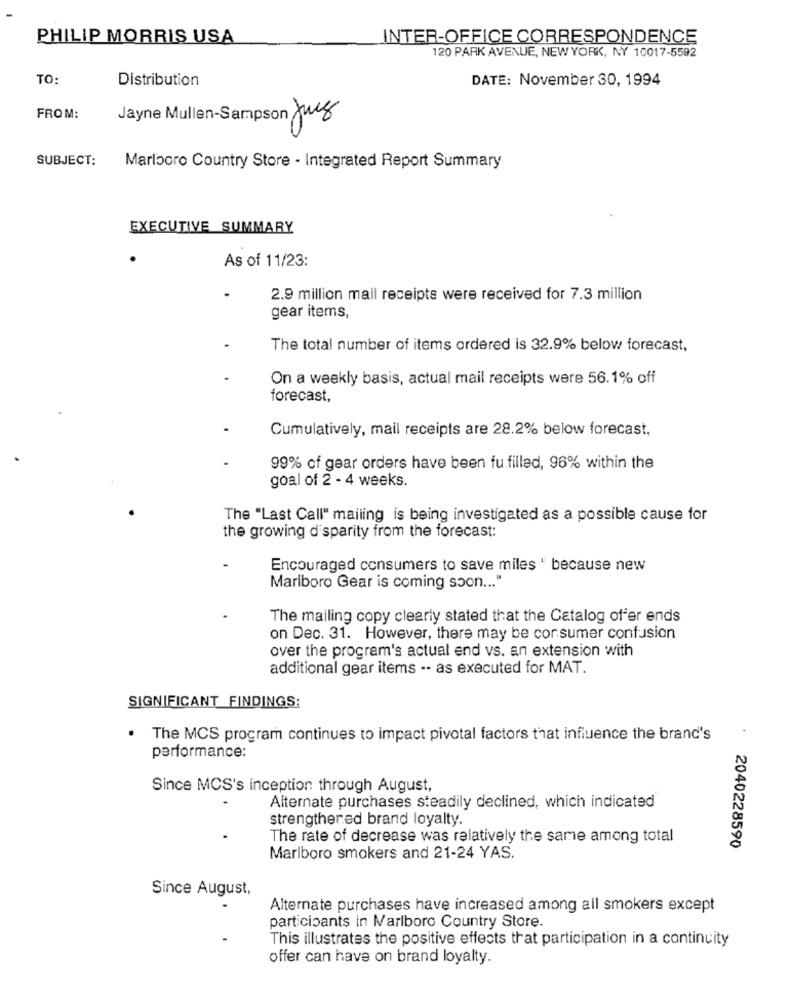
PHILIP MORRIS USA
INTER-OFFICE CORRESPONDENCE
120 PARK AVENUE, NEW YORK, NY 10017-5592
TO:
Distribution
DATE: November 30, 1994
FROM:
Jayne Mullen-Sampson Jug
0
SUBJECT:
Marlboro Country Store - Integrated Report Summary
EXECUTIVE SUMMARY
As of 11/23:
2.9 million mail receipts were received for 7.3 million
gear items,
The total number of items ordered is 32.9% below forecast,
On a weekly basis, actual mail receipts were 56.1% off
forecast,
Cumulatively, mail receipts are 28.2% below forecast,
99% of gear orders have been fu filled, 96% within the
goal of 2 - 4 weeks.
The "Last Call" mailing is being investigated as a possible cause for
the growing disparity from the forecast:
Encouraged consumers to save miles " because new
Marlboro Gear is coming soon ... "
The mailing copy clearly stated that the Catalog of er ends
on Dec. 31. However, there may be consumer confusion
over the program's actual end vs. an extension with
additional gear items -- as executed for MAT.
SIGNIFICANT FINDINGS:
. The MCS program continues to impact pivotal factors that influence the brand's
performance:
Since MCS's inception through August,
Alternate purchases steadily declined, which indicated
strengthered brand loyalty.
The rate of decrease was relatively the same among total
2040228590
Marlboro smokers and 21-24 YAS.
Since August,
Alternate purchases have increased among all smokers except
participants in Marlboro Country Store.
This illustrates the positive effects that participation in a continuity
offer can have on brand loyalty.